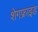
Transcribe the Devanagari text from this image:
शेगफ्राइड